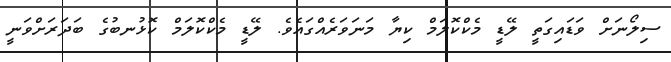
ސިލޯނަށް ވަޑައިގަތީ ލޭޑީ މެކްކޮލަމް ކިޔާ މަނަވަރެއްގައެވެ. ލޭޑީ މެކްކޮލަމް ކޮޅުނބުގެ ބަދަރަށްވަނީ